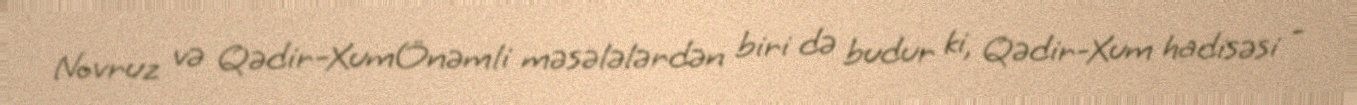
Novruz və Qədir-XumÖnəmli məsələlərdən biri də budur ki, Qədir-Xum hadisəsi -